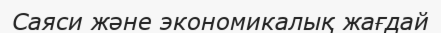
Саяси және экономикалық жағдай